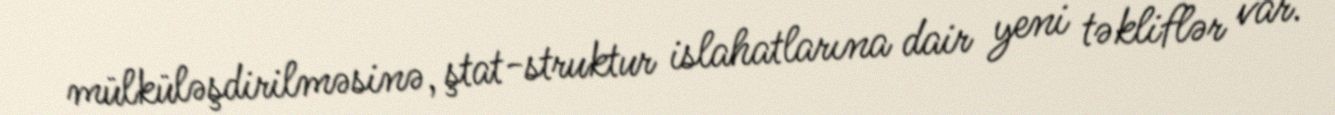
mülküləşdirilməsinə, ştat-struktur islahatlarına dair yeni təkliflər var.